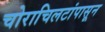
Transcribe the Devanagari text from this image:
चोराचिलटांपासून